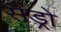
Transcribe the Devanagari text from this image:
सैंड्रो